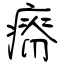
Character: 瘠